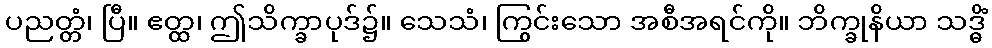
ပညတ္တံ၊ ပြီ။ ဧတ္ထ၊ ဤသိက္ခာပုဒ်၌။ သေသံ၊ ကြွင်းသော အစီအရင်ကို။ ဘိက္ခုနိယာ သဒ္ဓိံ